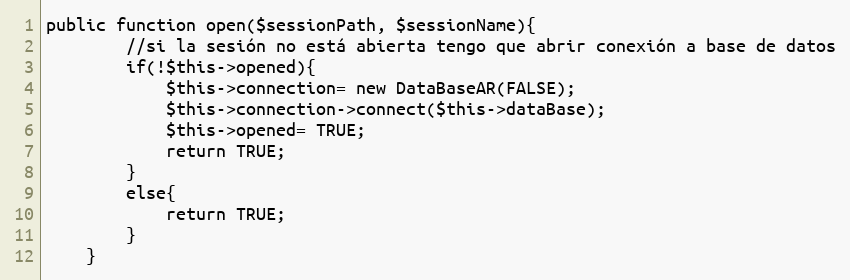
Language: PHP
public function open($sessionPath, $sessionName){
        //si la sesión no está abierta tengo que abrir conexión a base de datos
        if(!$this->opened){
            $this->connection= new DataBaseAR(FALSE);
            $this->connection->connect($this->dataBase);
            $this->opened= TRUE;
            return TRUE;
        }
        else{
            return TRUE;
        }
    }